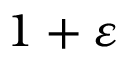
1 + \varepsilon